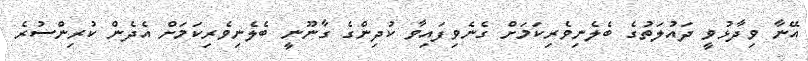
އޭނާ ވިދާޅުވީ ދައުލަތުގެ ބެލެނިވެރިިކަމަށް ގެނެވިފައިވާ ކުދިންގެ ގާނޫނީ ބެލެނިވެރިކަމަށް އެދެން ކުރިންސުރެ